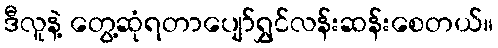
ဒီလူနဲ့ တွေ့ဆုံရတာပျော်ရွှင်လန်းဆန်းစေတယ်။